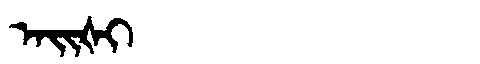
Manchu: ᠠᡳᡧᡳ
Romanization: AIŠI